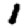
Digit: 1